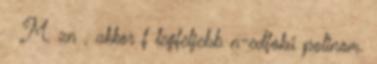
≤ M. zn , akkor f legfeljebb n-edfokú polinom.